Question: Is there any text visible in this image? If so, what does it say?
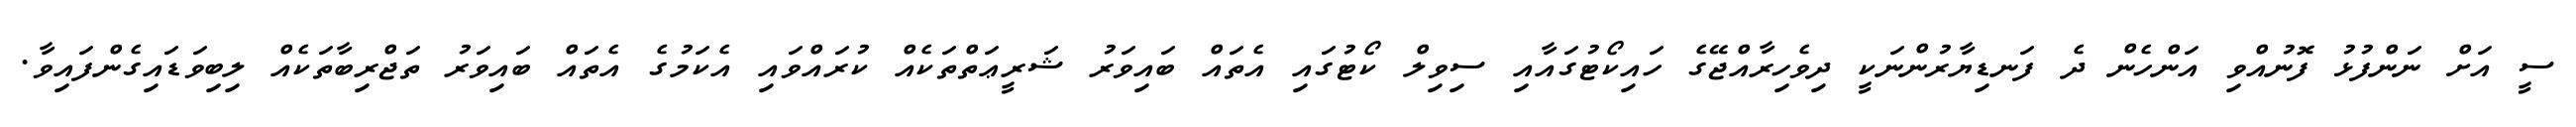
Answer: ސީ އަށް ނަންފުޅު ފޮނުއްވި އަންހެން ދެ ފަނޑިޔާރުންނަކީ ދިވެހިރާއްޖޭގެ ހައިކޯޓުގައާއި ސިވިލް ކޯޓުގައި އެތައް ބައިވަރު ޝަރީޢަތްތަކެއް ކުރައްވައި އެކަމުގެ އެތައް ބައިވަރު ތަޖްރިބާތަކެއް ލިބިވަޑައިގެންފައިވާ.